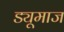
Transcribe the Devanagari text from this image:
ड्यूमाज